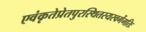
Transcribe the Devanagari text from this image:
एवंकृतेप्रेतपुरस्थितस्यस्वर्गेगतिः